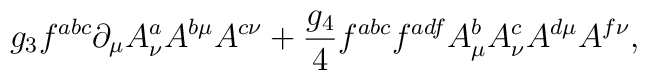
g_3 f^{abc}\partial_{\mu} A^a_{\nu} A^{b\mu}A^{c\nu} + {g_4 \over 4} f^{abc}f^{adf}A^b_{\mu}A^c_{\nu}A^{d\mu}A^{f\nu},